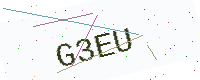
Text: G3EU